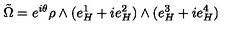
\tilde { \Omega } = e ^ { i \theta } \rho \wedge ( e _ { H } ^ { 1 } + i e _ { H } ^ { 2 } ) \wedge ( e _ { H } ^ { 3 } + i e _ { H } ^ { 4 } )